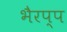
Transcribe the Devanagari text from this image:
भैरप्प